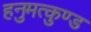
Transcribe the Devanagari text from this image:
हनुमत्कुण्ड